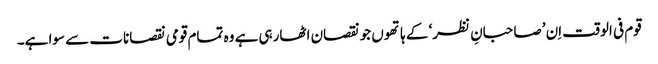
قوم فی الوقت اِن ’صاحبانِ نظر‘ کے ہاتھوں جو نقصان اٹھارہی ہے وہ تمام قومی نقصانات سے سوا ہے۔